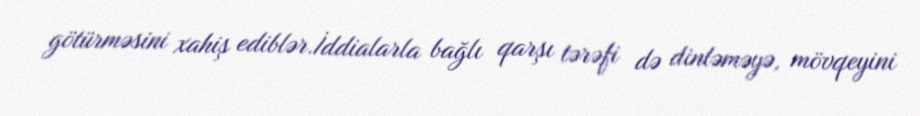
götürməsini xahiş ediblər.İddialarla bağlı qarşı tərəfi də dinləməyə, mövqeyini